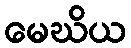
မေဃိယ